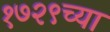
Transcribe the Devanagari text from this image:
१७२९च्या